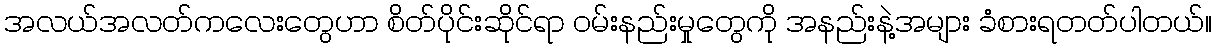
အလယ်အလတ်ကလေးတွေဟာ စိတ်ပိုင်းဆိုင်ရာ ဝမ်းနည်းမှုတွေကို အနည်းနဲ့အများ ခံစားရတတ်ပါတယ်။